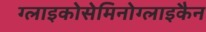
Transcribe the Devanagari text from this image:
ग्लाइकोसेमिनोग्लाइकैन